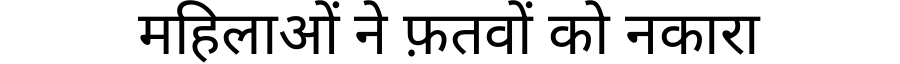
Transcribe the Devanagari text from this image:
महिलाओं ने फ़तवों को नकारा